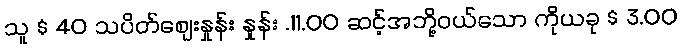
သူ $ 40 သပိတ်စျေးနှုန်း နှုန်း .11.00 ဆင့်အဘို့ဝယ်သော ကိုယခု $ 3.00